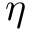
\eta